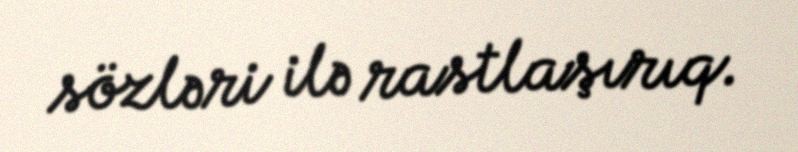
sözləri ilə rastlaşırıq.